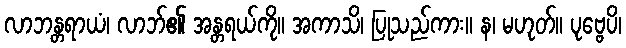
လာဘန္တရာယံ၊ လာဘ်၏ အန္တရယ်ကို။ အကာသိ၊ ပြုသည်ကား။ န၊ မဟုတ်။ ပုဗ္ဗေပိ၊